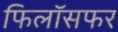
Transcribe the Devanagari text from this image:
फिलॉसफर